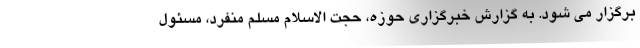
برگزار می شود. به گزارش خبرگزاری حوزه، حجت الاسلام مسلم منفرد، مسئول